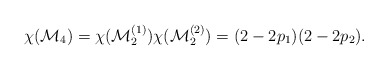
\begin{align*}\chi ({\cal M}_{4}) = \chi ({\cal M}^{(1)}_{2})\chi ({\cal M}^{(2)}_{2})=(2 - 2 p_{1})(2 - 2p_{2}).\end{align*}